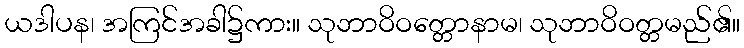
ယဒါပန၊ အကြင်အခါ၌ကား။ သုဘာဝိဝတ္တောနာမ၊ သုဘာဝိဝတ္တမည်၏။